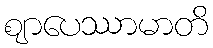
ဈာပေဿာမာတိ